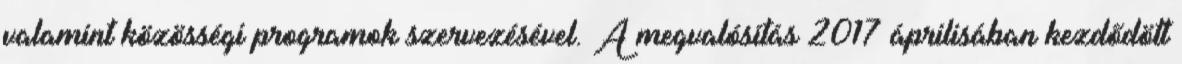
valamint közösségi programok szervezésével. A megvalósítás 2017 áprilisában kezdődött